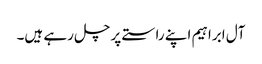
آل ابراہیم اپنے راستے پر چل رہے ہیں۔